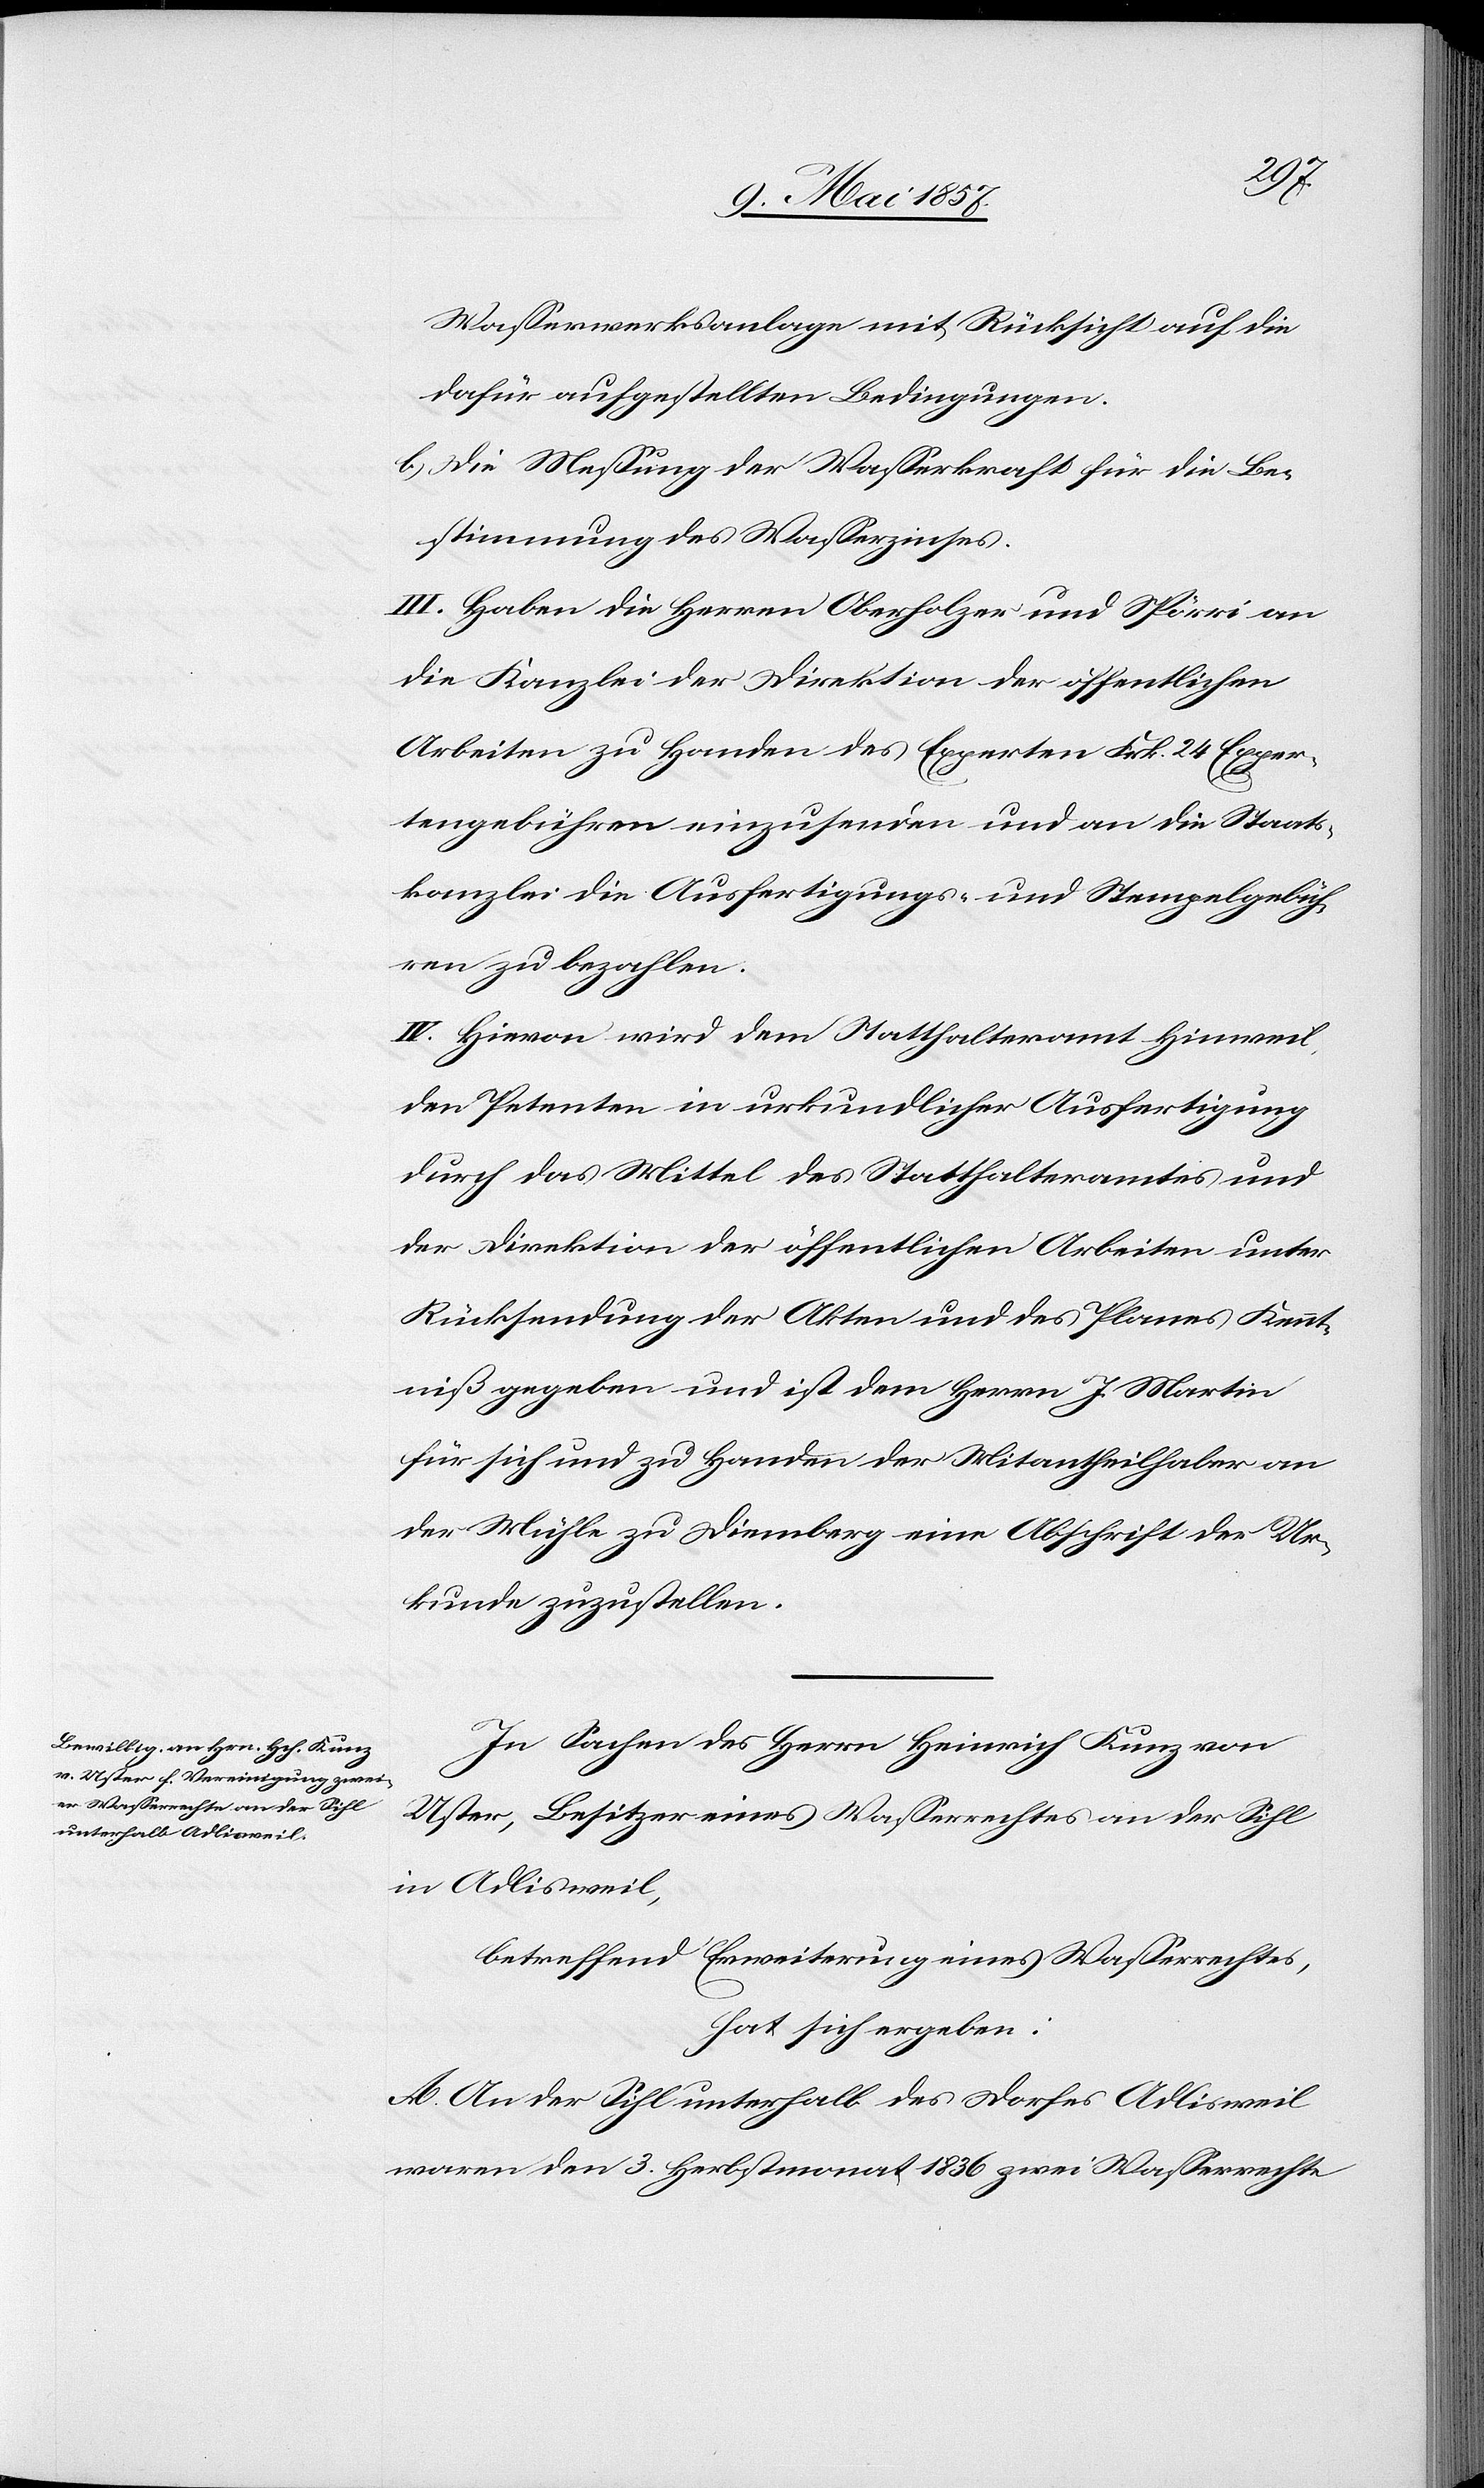
Wasserwerksanlagen mit Rücksicht auf die
dafür aufgestellten Bedingungen.
b.) Die Messung der Wasserkraft für die Be¬
stimmung des Wasserzinses.
III. Haben die Herren Oberholzer und Spörri an
die Kanzlei der Direktion der öffentlichen
Arbeiten zu Handen des Experten der Frk. 24 Exper¬
tengebühren einzusenden und an die Staats¬
kanzlei die Ausfertigungs- u. Stempelgebüh¬
ren zu bezahlen.
IV. Hievon wird dem Statthalteramt Hinweil
den Petenten in urkundlicher Ausfertigung
durch das Mittel des Statthalteramtes und
der Direktion der öffentlichen Arbeiten unter
Rücksendung der Akten und des Planes Kennt¬
niß gegeben und ist dem Herrn J. Martin
für sich und zu Handen der Mitantheilhaber an
der Mühle zu Diemberg eine Abschrift der Ur¬
kunde zuzustellen.
In Sachen des Herrn Heinrich Kunz von
Uster, Besitzer eines Wasserrechtes an der Sihl
in Adlisweil,
betreffend Erweiterung eines Wasserrechtes,
hat sich ergeben:
A. An der Sihl unterhalb des Dorfes Adlisweil
waren den 3 Herbstmonat 1836 zwei Wasserrechte